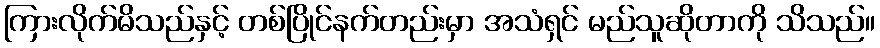
ကြားလိုက်မိသည်နှင့် တစ်ပြိုင်နက်တည်းမှာ အသံရှင် မည်သူဆိုတာကို သိသည်။